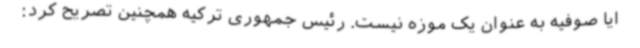
ایا صوفیه به عنوان یک موزه نیست. رئیس جمهوری ترکیه همچنین تصریح کرد: